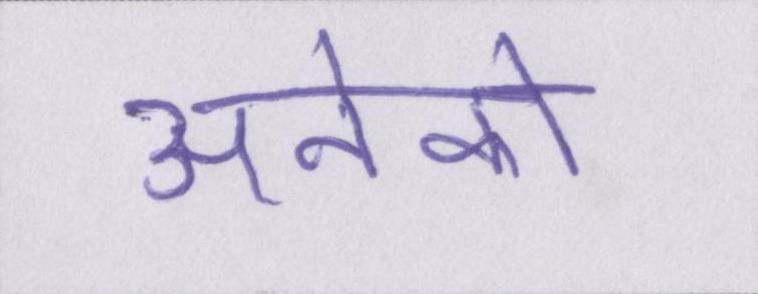
अनेको